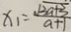
x _ { 1 } = \frac { \sqrt { 3 a + 3 } } { a + 1 }